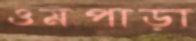
ওমপাড়া